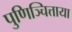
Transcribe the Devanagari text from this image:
पुणिञ्चित्ताया